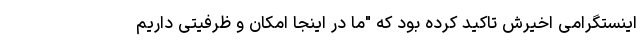
اینستگرامی اخیرش تاکید کرده بود که "ما در اینجا امکان و ظرفیتی داریم